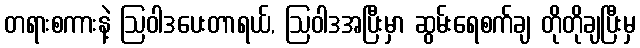
တရားစကားနဲ့ ဩဝါဒပေးတာရယ်, ဩဝါဒအပြီးမှာ ဆွမ်းရေစက်ချ တိုတိုချပြီးမှ